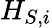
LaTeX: H_{S,i}